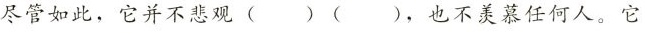
尽管如此，它并不悲观( )( )，也不羡慕任何人。它